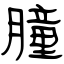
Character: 朣